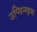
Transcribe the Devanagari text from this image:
उप्पिन्ग्हम